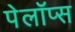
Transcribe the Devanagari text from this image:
पेलॉप्स